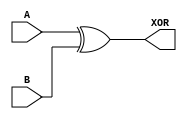
module submodule_xor(
    output wire XOR,
    input wire A,B
);
xor U0 (XOR, A, B);
endmodule